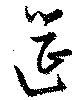
筵